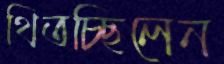
থিতচ্ছিলেন